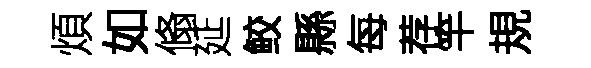
煩如翛延鲛縣每荐竿規